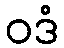
ဝဒံ